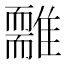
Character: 𩁃